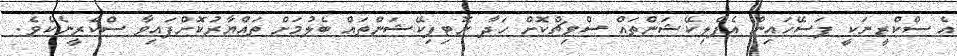
އެ ސްކްރީނަކީ ފަސޭހައިން އެޕްލިކޭޝަންތައް ސްވިޗްކޮށް ހަދާ ނޮޓިފިކޭޝަންތައް ބެލުމަށް ތައްޔާރުކޮށްފައިވާ ސްކްރީނެކެވެ.